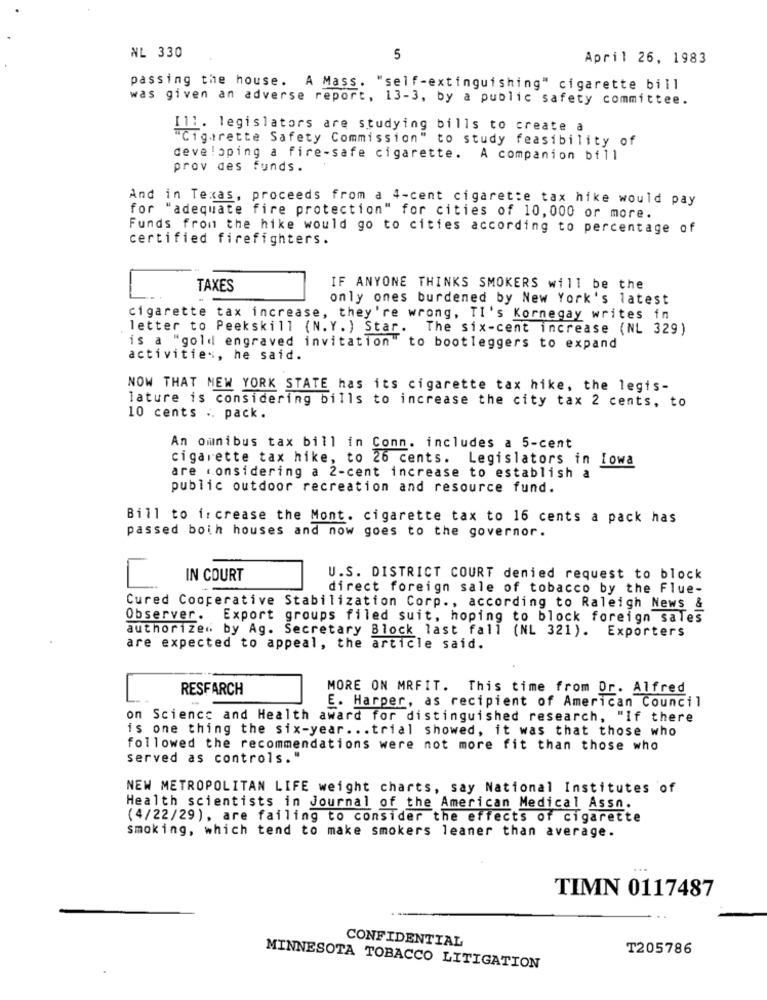
NL 330
5
April 26, 1983
passing the house. A Mass. "self-extinguishing" cigarette bill
was given an adverse report, 13-3, by a public safety committee.
Il1. legislators are studying bills to create a
"Cigarette Safety Commission" to study feasibility of
developing a fire-safe cigarette. A companion bill
prov des funds.
And in Texas, proceeds from a 4-cent cigarette tax hike would pay
for "adequate fire protection" for cities of 10, 000 or more.
Funds from the hike would go to cities according to percentage of
certified firefighters.
TAXES
IF ANYONE THINKS SMOKERS will be the
only ones burdened by New York's latest
cigarette tax increase, they're wrong, TI's Kornegay writes in
letter to Peekskill (N. Y. ) Star. The six-cent increase (NL 329)
is a "gold engraved invitation" to bootleggers to expand
activities, he said.
NOW THAT NEW YORK STATE has its cigarette tax hike, the legis-
lature is considering bills to increase the city tax 2 cents, to
10 cents .. pack.
An omnibus tax bill in Conn. includes a 5-cent
cigarette tax hike, to 26 cents. Legislators in Iowa
are considering a 2-cent increase to establish a
public outdoor recreation and resource fund.
Bill to increase the Mont. cigarette tax to 16 cents a pack has
passed both houses and now goes to the governor.
C.
IN COURT
U.S. DISTRICT COURT denied request to block
direct foreign sale of tobacco by the Flue-
Cured Cooperative Stabilization Corp ., according to Raleigh News &
Observer. Export groups filed suit, hoping to block foreign sales
authorized by Ag. Secretary Block last fall (NL 321). Exporters
are expected to appeal, the article said.
RESFARCH
MORE ON MRFIT. This time from Or. Alfred
E. Harper, as recipient of American Council
on Science and Health award for distinguished research, "If there
is one thing the six-year ... trial showed, it was that those who
followed the recommendations were not more fit than those who
served as controls."
NEW METROPOLITAN LIFE weight charts, say National Institutes of
Health scientists in Journal of the American Medical Assn.
(4/22/29), are failing to consider the effects of cigarette
smoking, which tend to make smokers leaner than average.
TIMN 0117487
CONFIDENTIAL
T205786
MINNESOTA TOBACCO LITIGATION